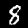
Digit: 8